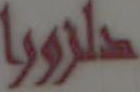
حلزورا